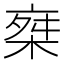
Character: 椉